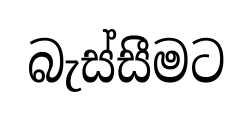
බැස්සීමට